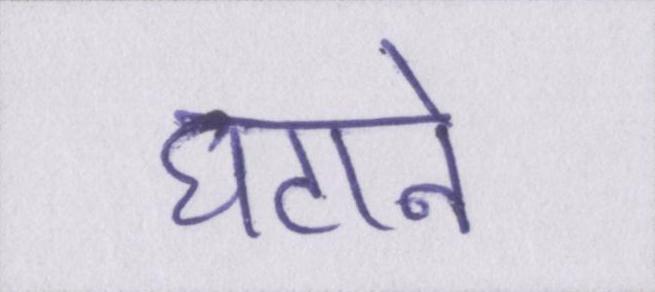
घटाने